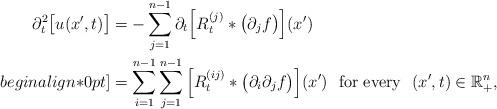
LaTeX: \begin{align*}\partial^2_t\big[u(x',t)\big] &=-\sum_{j=1}^{n-1}\partial_t\Big[R^{(j)}_t\ast\big(\partial_jf\big)\Big](x')\\begin{align*}0pt]&=\sum_{i=1}^{n-1}\sum_{j=1}^{n-1}\Big[R^{(ij)}_t\ast\big(\partial_i\partial_jf\big)\Big](x')\,\,\mbox{ for every }\,\,(x',t)\in{\mathbb{R}}^n_{+},\end{align*}